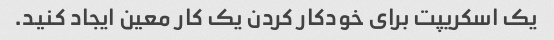
یک اسکریپت برای خودکار کردن یک کار معین ایجاد کنید.